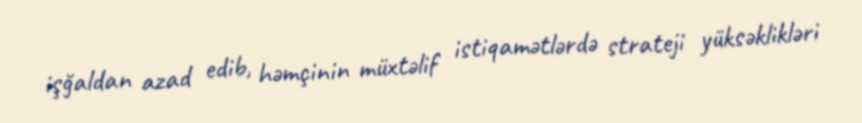
işğaldan azad edib, həmçinin müxtəlif istiqamətlərdə strateji yüksəklikləri